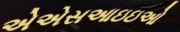
એએસઆઇઇઓ